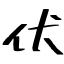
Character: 伏